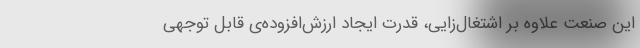
این صنعت علاوه بر اشتغال‌زایی، قدرت ایجاد ارزش‌افزوده‌ی قابل توجهی